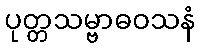
ပုတ္တသမ္ဗာဓဝသနံ